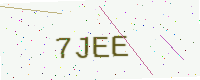
Text: 7JEE